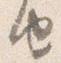
由